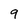
Character: 9